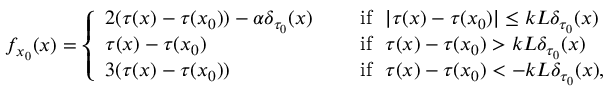
f _ { x _ { 0 } } ( x ) = \left\{ \begin{array} { l c l } { 2 ( \tau ( x ) - \tau ( x _ { 0 } ) ) - \alpha \delta _ { \tau _ { 0 } } ( x ) } & & { \mathrm { ~ i f ~ } \, \, | \tau ( x ) - \tau ( x _ { 0 } ) | \leq k L \delta _ { \tau _ { 0 } } ( x ) } \\ { \tau ( x ) - \tau ( x _ { 0 } ) } & & { \mathrm { ~ i f ~ } \, \, \tau ( x ) - \tau ( x _ { 0 } ) > k L \delta _ { \tau _ { 0 } } ( x ) } \\ { 3 ( \tau ( x ) - \tau ( x _ { 0 } ) ) } & & { \mathrm { ~ i f ~ } \, \, \tau ( x ) - \tau ( x _ { 0 } ) < - k L \delta _ { \tau _ { 0 } } ( x ) , } \end{array} \right.